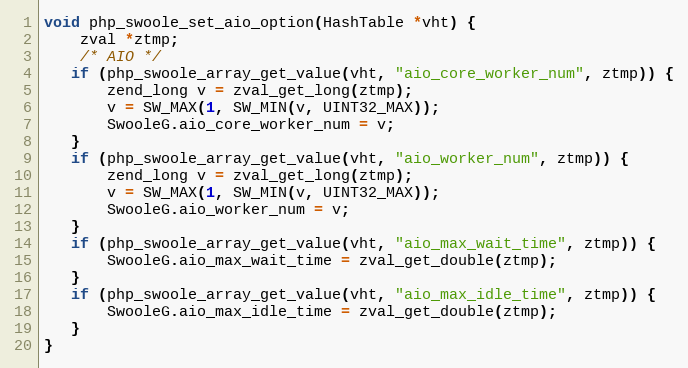
Language: C++
void php_swoole_set_aio_option(HashTable *vht) {
    zval *ztmp;
    /* AIO */
   if (php_swoole_array_get_value(vht, "aio_core_worker_num", ztmp)) {
       zend_long v = zval_get_long(ztmp);
       v = SW_MAX(1, SW_MIN(v, UINT32_MAX));
       SwooleG.aio_core_worker_num = v;
   }
   if (php_swoole_array_get_value(vht, "aio_worker_num", ztmp)) {
       zend_long v = zval_get_long(ztmp);
       v = SW_MAX(1, SW_MIN(v, UINT32_MAX));
       SwooleG.aio_worker_num = v;
   }
   if (php_swoole_array_get_value(vht, "aio_max_wait_time", ztmp)) {
       SwooleG.aio_max_wait_time = zval_get_double(ztmp);
   }
   if (php_swoole_array_get_value(vht, "aio_max_idle_time", ztmp)) {
       SwooleG.aio_max_idle_time = zval_get_double(ztmp);
   }
}